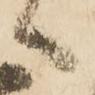
候